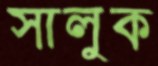
সালুক